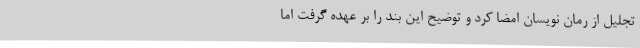
تجلیل از رُمان نویسان امضا کرد و توضیح این بند را بر عهده گرفت اما